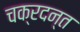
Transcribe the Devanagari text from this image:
चक्रदन्त